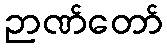
ဉာဏ်တော်